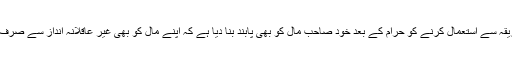
اسلام نے دوسرے کے مال کو ناجائز طريقہ سے استعمال کرنے کو حرام کے بعد خود صاحب مال کو بھى پابند بنا ديا ہے کہ اپنے مال کو بھى غير عاقلانہ انداز سے صرف نہ کرے ورنہ اس کا انجام بھى برا ہوگا۔